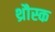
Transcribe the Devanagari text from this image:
थ्रौस्क